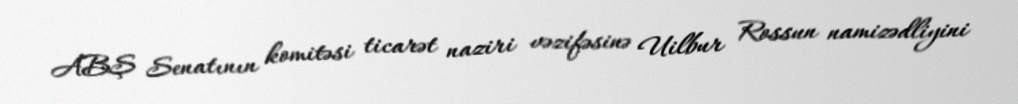
ABŞ Senatının komitəsi ticarət naziri vəzifəsinə Uilbur Rossun namizədliyini